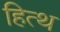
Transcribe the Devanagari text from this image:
हित्थ